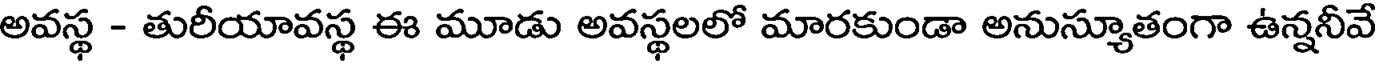
అవస్థ - తురీయావస్థ ఈ మూడు అవస్థలలో మారకుండా అనుస్యూతంగా ఉన్ననీవే